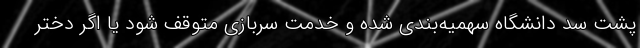
پشت سد دانشگاه سهمیه‌بندی شده و خدمت سربازی متوقف شود یا اگر دختر